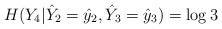
LaTeX: \begin{align*}H(Y_4|\hat{Y}_2=\hat{y}_2, \hat{Y}_3=\hat{y}_3)=\log 3 \end{align*}